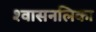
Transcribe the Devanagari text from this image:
श्‍वासनलिका